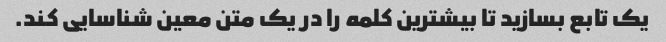
یک تابع بسازید تا بیشترین کلمه را در یک متن معین شناسایی کند.